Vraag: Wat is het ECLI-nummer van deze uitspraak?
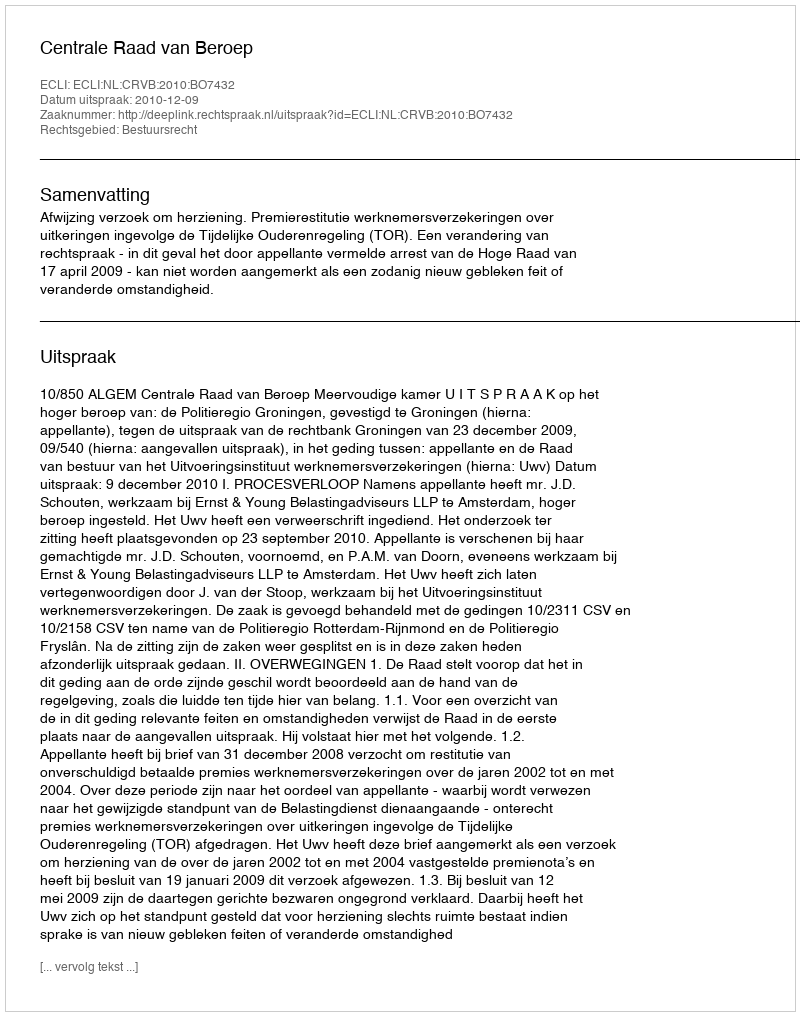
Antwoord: ECLI:NL:CRVB:2010:BO7432